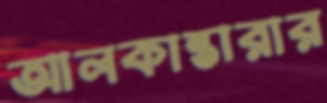
আলকান্তারার